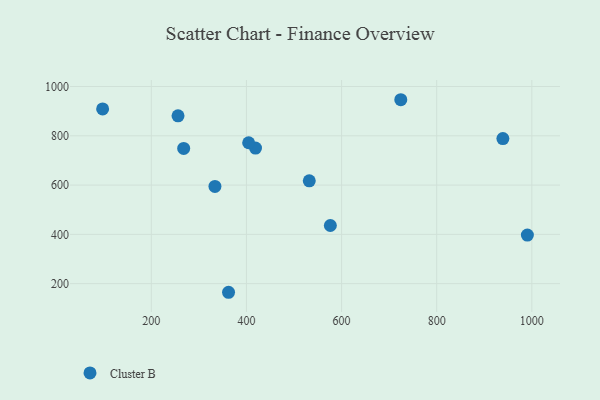
{"axis": {"x": "Ad Spend", "y": "Yield"}, "legend": ["Cluster B"], "data": [{"x": "419.1", "y": 750.0, "type": "Cluster B"}, {"x": "990.6", "y": 397.0, "type": "Cluster B"}, {"x": "724.5", "y": 946.4, "type": "Cluster B"}, {"x": "97.7", "y": 909.0, "type": "Cluster B"}, {"x": "333.8", "y": 594.4, "type": "Cluster B"}, {"x": "268.1", "y": 748.6, "type": "Cluster B"}, {"x": "362.4", "y": 165.0, "type": "Cluster B"}, {"x": "532.1", "y": 617.3, "type": "Cluster B"}, {"x": "256.2", "y": 881.1, "type": "Cluster B"}, {"x": "404.7", "y": 771.7, "type": "Cluster B"}, {"x": "939.1", "y": 788.8, "type": "Cluster B"}, {"x": "576.4", "y": 435.9, "type": "Cluster B"}]}